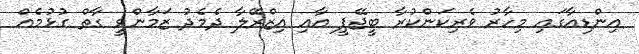
އިންޑިއާގައި މިހާރު ވެރިކަންކުރާ ބީޖޭޕީ އާއި އިޒްރޭލާ ދެމެދު ޒަމާންވީ ގާތް ގުޅުމެއް